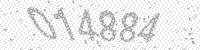
Solution: 014884